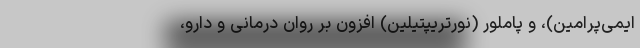
ایمی‌پرامین)، و پاملور (نورتریپتیلین) افزون بر روان درمانی و دارو،